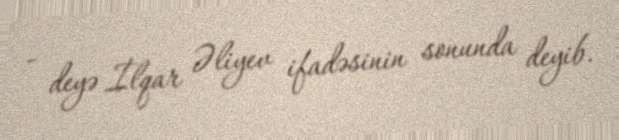
- deyə İlqar Əliyev ifadəsinin sonunda deyib.